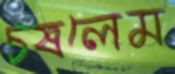
চষলেম